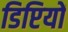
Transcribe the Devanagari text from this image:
डिप्टियों